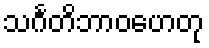
သင်္ဂတိဘာဝဟေတု